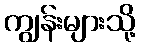
ကျွန်းများသို့